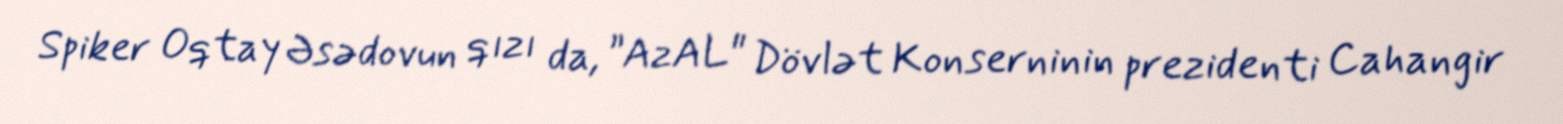
Spiker Oqtay Əsədovun qızı da, ”AzAL" Dövlət Konserninin prezidenti Cahangir